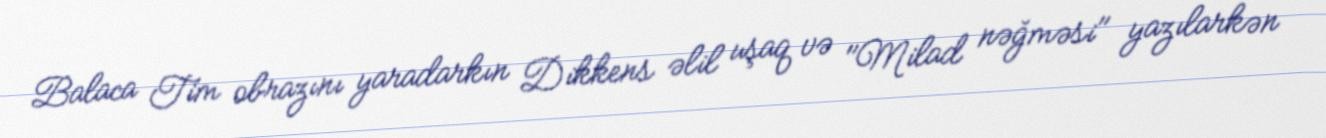
Balaca Tim obrazını yaradarkın Dikkens əlil uşaq və "Milad nəğməsi" yazılarkən